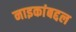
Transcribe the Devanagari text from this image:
नाइकांबद्दल